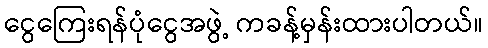
ငွေကြေးရန်ပုံငွေအဖွဲ့ ကခန့်မှန်းထားပါတယ်။